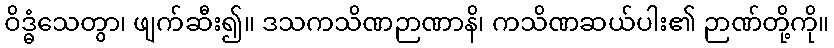
ဝိဒ္ဓံသေတွာ၊ ဖျက်ဆီး၍။ ဒသကသိဏဉာဏာနိ၊ ကသိဏဆယ်ပါး၏ ဉာဏ်တို့ကို။